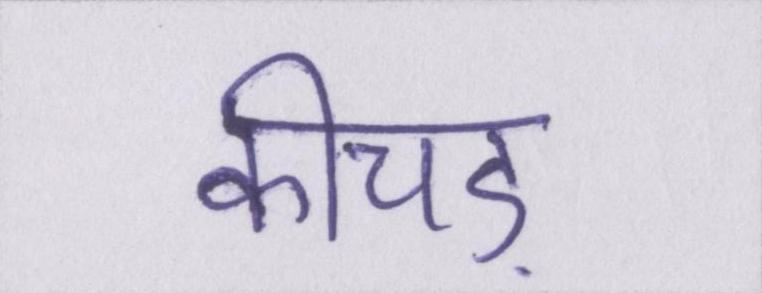
कीचड़